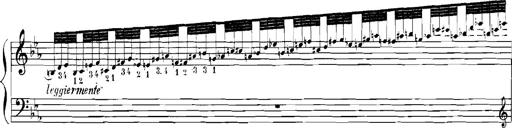
Title: Rhapsodies hongroises
Composer: Franz Liszt